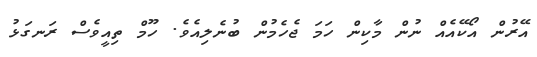
އޭރުން އޯކޭއެއް ނުން މާކިން ހަމަ ޖެހެމުން ބުނެލިއެވެ. ހޫމް ތިއީވެސް ރަނގަޅު